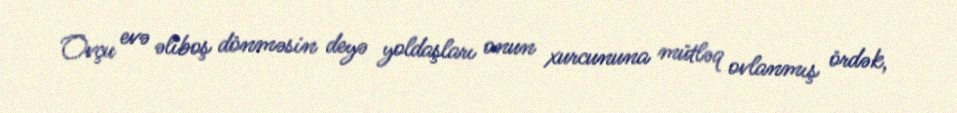
Ovçu evə əliboş dönməsin deyə yoldaşları onun xurcununa mütləq ovlanmış ördək,